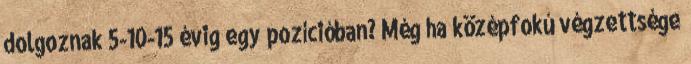
dolgoznak 5-10-15 évig egy pozícióban? Még ha középfokú végzettsége